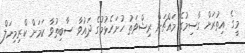
މީގެ އިތުރަށް ގާސިމުގެ މައްޗަށް ރިޝްވަތު ހުށަހެޅުމުގެ ދައުވާ ސާބިތުވާ ކަމަށް ކްރިމިނަލް